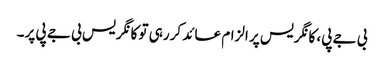
بی جے پی، کانگریس پر الزام عائد کررہی تو کانگریس بی جے پی پر۔